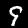
Digit: 9